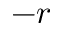
- r